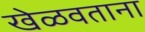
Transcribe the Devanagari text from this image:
खेळवताना